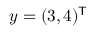
y = ( 3 , 4 ) ^ { \mathsf { T } }